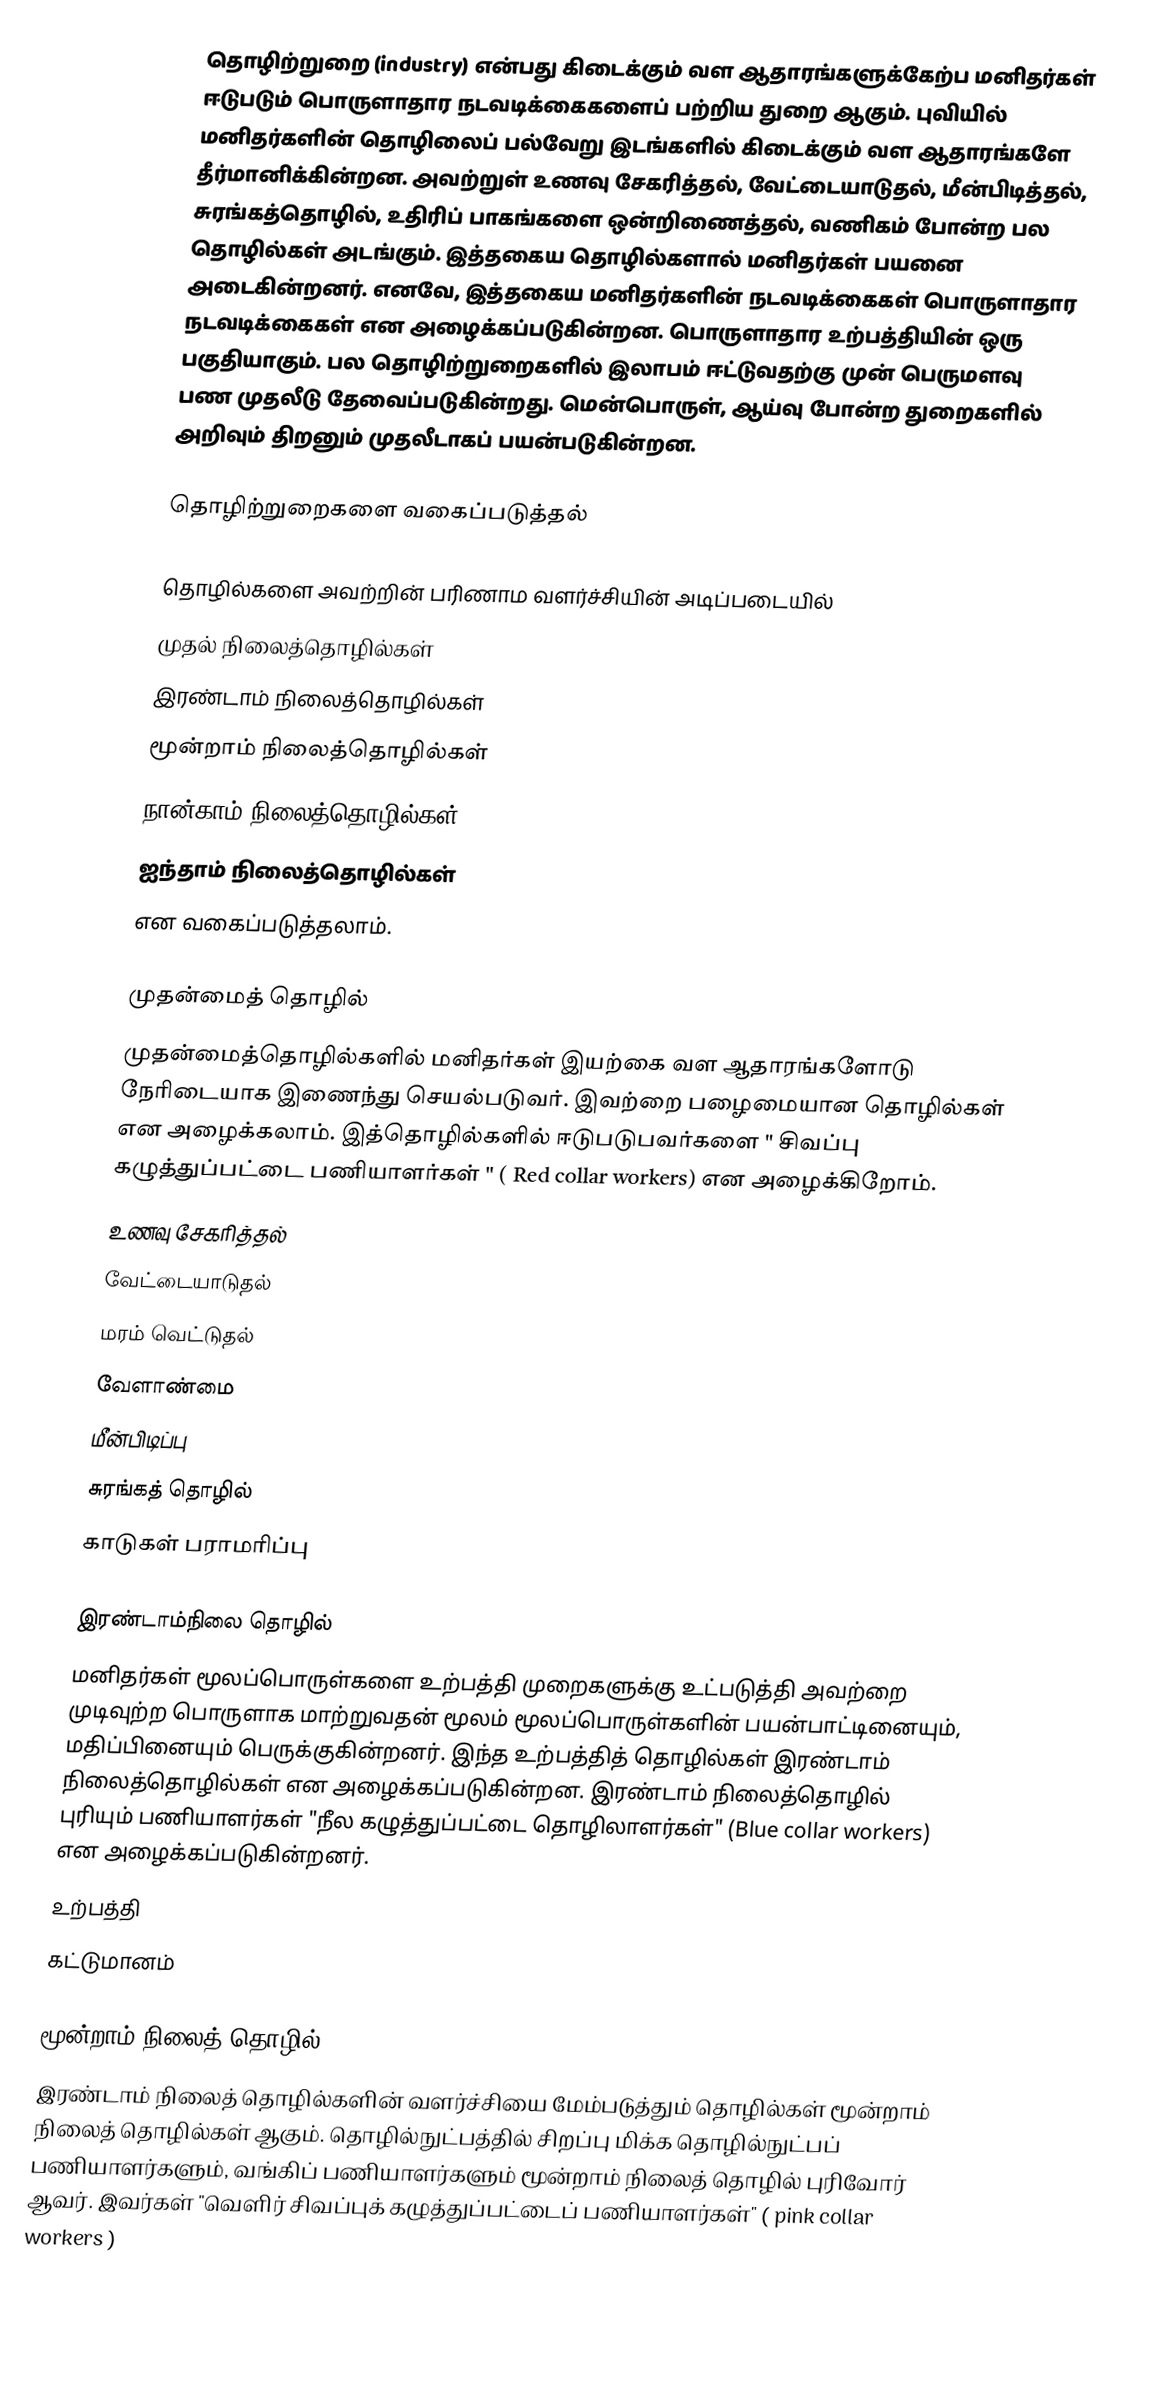
தொழிற்றுறை (industry) என்பது கிடைக்கும் வள ஆதாரங்களுக்கேற்ப மனிதர்கள் ஈடுபடும் பொருளாதார நடவடிக்கைகளைப் பற்றிய துறை ஆகும். புவியில் மனிதர்களின் தொழிலைப் பல்வேறு இடங்களில் கிடைக்கும் வள ஆதாரங்களே தீர்மானிக்கின்றன. அவற்றுள் உணவு சேகரித்தல், வேட்டையாடுதல், மீன்பிடித்தல், சுரங்கத்தொழில், உதிரிப் பாகங்களை ஒன்றிணைத்தல், வணிகம் போன்ற பல தொழில்கள் அடங்கும். இத்தகைய தொழில்களால் மனிதர்கள் பயனை அடைகின்றனர். எனவே, இத்தகைய மனிதர்களின் நடவடிக்கைகள் பொருளாதார நடவடிக்கைகள் என அழைக்கப்படுகின்றன. பொருளாதார உற்பத்தியின் ஒரு பகுதியாகும். பல தொழிற்றுறைகளில் இலாபம் ஈட்டுவதற்கு முன் பெருமளவு பண முதலீடு தேவைப்படுகின்றது. மென்பொருள், ஆய்வு போன்ற துறைகளில் அறிவும் திறனும் முதலீடாகப் பயன்படுகின்றன.

தொழிற்றுறைகளை வகைப்படுத்தல்

தொழில்களை அவற்றின் பரிணாம வளர்ச்சியின் அடிப்படையில்
 முதல் நிலைத்தொழில்கள்
 இரண்டாம் நிலைத்தொழில்கள்
 மூன்றாம் நிலைத்தொழில்கள்
 நான்காம் நிலைத்தொழில்கள்
 ஐந்தாம் நிலைத்தொழில்கள்
என வகைப்படுத்தலாம்.

முதன்மைத் தொழில்
முதன்மைத்தொழில்களில் மனிதர்கள் இயற்கை வள ஆதாரங்களோடு நேரிடையாக இணைந்து செயல்படுவர். இவற்றை பழைமையான தொழில்கள் என அழைக்கலாம். இத்தொழில்களில் ஈடுபடுபவர்களை " சிவப்பு கழுத்துப்பட்டை பணியாளர்கள் " ( Red collar workers) என அழைக்கிறோம்.
 உணவு சேகரித்தல்
 வேட்டையாடுதல்
 மரம் வெட்டுதல்
 வேளாண்மை
 மீன்பிடிப்பு
 சுரங்கத் தொழில்
 காடுகள் பராமரிப்பு

இரண்டாம்நிலை தொழில்
மனிதர்கள் மூலப்பொருள்களை உற்பத்தி முறைகளுக்கு உட்படுத்தி அவற்றை முடிவுற்ற பொருளாக மாற்றுவதன் மூலம் மூலப்பொருள்களின் பயன்பாட்டினையும், மதிப்பினையும் பெருக்குகின்றனர். இந்த உற்பத்தித் தொழில்கள் இரண்டாம் நிலைத்தொழில்கள் என அழைக்கப்படுகின்றன. இரண்டாம் நிலைத்தொழில் புரியும் பணியாளர்கள் "நீல கழுத்துப்பட்டை தொழிலாளர்கள்" (Blue collar workers) என அழைக்கப்படுகின்றனர்.
 உற்பத்தி
 கட்டுமானம்

மூன்றாம் நிலைத் தொழில்
இரண்டாம் நிலைத் தொழில்களின் வளர்ச்சியை மேம்படுத்தும் தொழில்கள் மூன்றாம் நிலைத் தொழில்கள் ஆகும். தொழில்நுட்பத்தில் சிறப்பு மிக்க தொழில்நுட்பப் பணியாளர்களும், வங்கிப் பணியாளர்களும் மூன்றாம் நிலைத் தொழில் புரிவோர் ஆவர். இவர்கள் "வெளிர் சிவப்புக் கழுத்துப்பட்டைப் பணியாளர்கள்" ( pink collar workers )